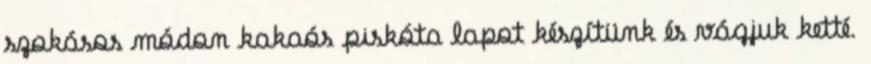
szokásos módon kakaós piskóta lapot készítünk és vágjuk ketté.